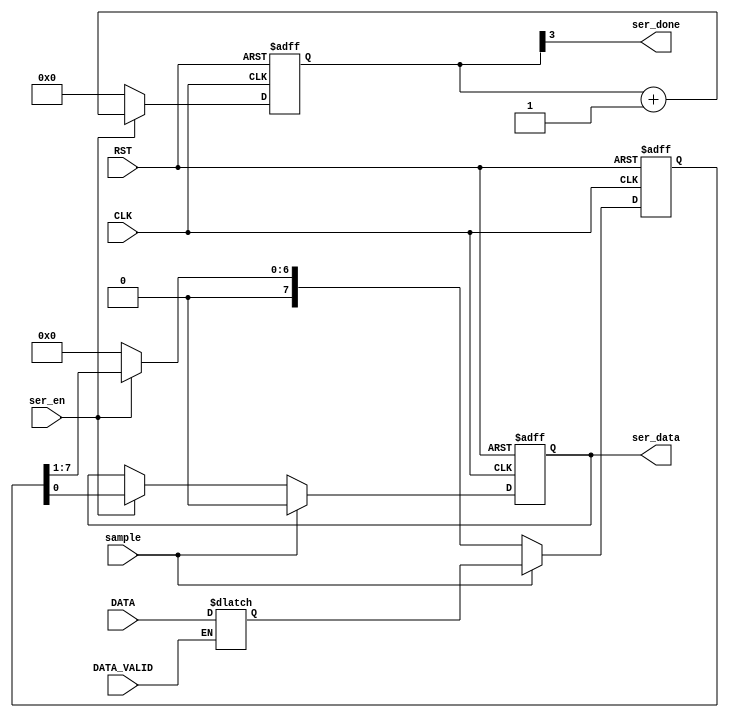
module  serializer #(parameter  WIDTH = 8, parameter BITS = 3 )
(
    input   wire                        CLK,
    input   wire                        RST,
    input   wire    [WIDTH - 1 : 0]     DATA,
    input   wire                        ser_en,
    input   wire                        sample,
    input   wire                        DATA_VALID,
    output  wire                        ser_done,
    output  reg                         ser_data
);

    reg [BITS : 0]          counter;
    reg [WIDTH - 1 : 0]     shift_reg;
    reg [WIDTH - 1 : 0]     buffer_reg;

    always @(negedge RST,posedge CLK)
        begin
            if(!RST)
                counter <= 'b000;
            else
                if (ser_en) begin
                    counter <= counter + 1'b1;
                end else begin
                    counter <= 'b0;
                end
        end

    assign ser_done = counter[BITS];

    always @(negedge RST, posedge CLK) begin
        if(!RST) begin
            shift_reg   <=  'b0;
            ser_data    <= 1'b0;
        end
        else if (sample) begin
            shift_reg <= buffer_reg;
            ser_data    <= 1'b0;
        end   
        else    begin
            if (ser_en) begin
                    shift_reg   <= (shift_reg >> 1'b1);
                    ser_data    <= shift_reg[0];
                end else begin
                    shift_reg <= 'b0;
                end
        end
    end
    
    always @(*) begin
        if(DATA_VALID)
            buffer_reg  =   DATA;
        else
            buffer_reg  =   buffer_reg;
    end
endmodule